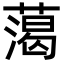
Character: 䔽